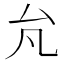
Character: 𰆭